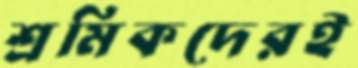
শ্রমিকদেরই